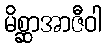
မိစ္ဆာအာဇီဝါ